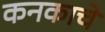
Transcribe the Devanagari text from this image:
कनकाचे